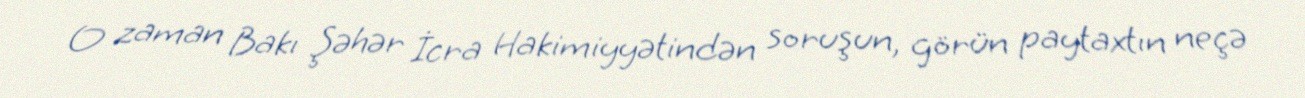
O zaman Bakı Şəhər İcra Hakimiyyətindən soruşun, görün paytaxtın neçə